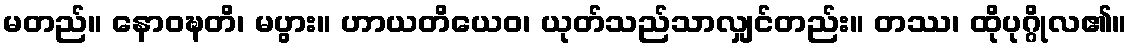
မတည်။ နောဝဍ္ဎတိ၊ မပွား။ ဟာယတိယေဝ၊ ယုတ်သည်သာလျှင်တည်း။ တဿ၊ ထိုပုဂ္ဂိုလ၏။